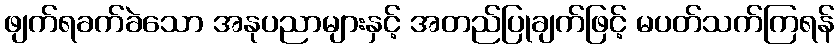
ဖျက်ရခက်ခဲသော အနုပညာများနှင့် အတည်ပြုချက်ဖြင့် မပတ်သက်ကြရန်